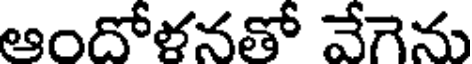
ఆందోళనతో వేగెను